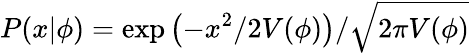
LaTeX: P(x|\phi)=\exp\left(-x^{2}/2V(\phi)\right)/\sqrt{2\pi V(\phi)}